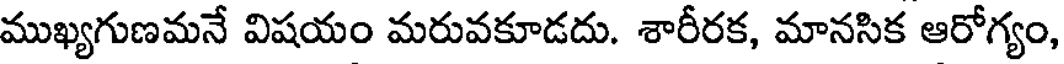
ముఖ్యగుణమనే విషయం మరువకూడదు. శారీరక, మానసిక ఆరోగ్యం,